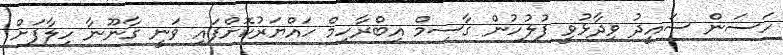
ހަސަން ސައީދު ވިދާޅުވީ ފުލުހުން ގާސިމް އިބްރާހިމް ހައްޔަރުކޮށްފައި ވަނީ ގާނޫނާ ހިލާފަށް